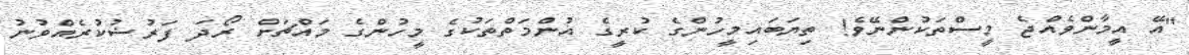
"އޭ އީމާންވެއްޖެ މީސްތަކުންނޭވެ! ތިޔަބައިމީހުންގެ ކުރީގެ އުންމަތްތަކުގެ މީހުންގެ މައްޗަށް ރޯދަ ފަރުޟުކުރެއްވުނު